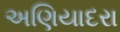
અણિયાદરા